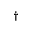
^ { \dagger }